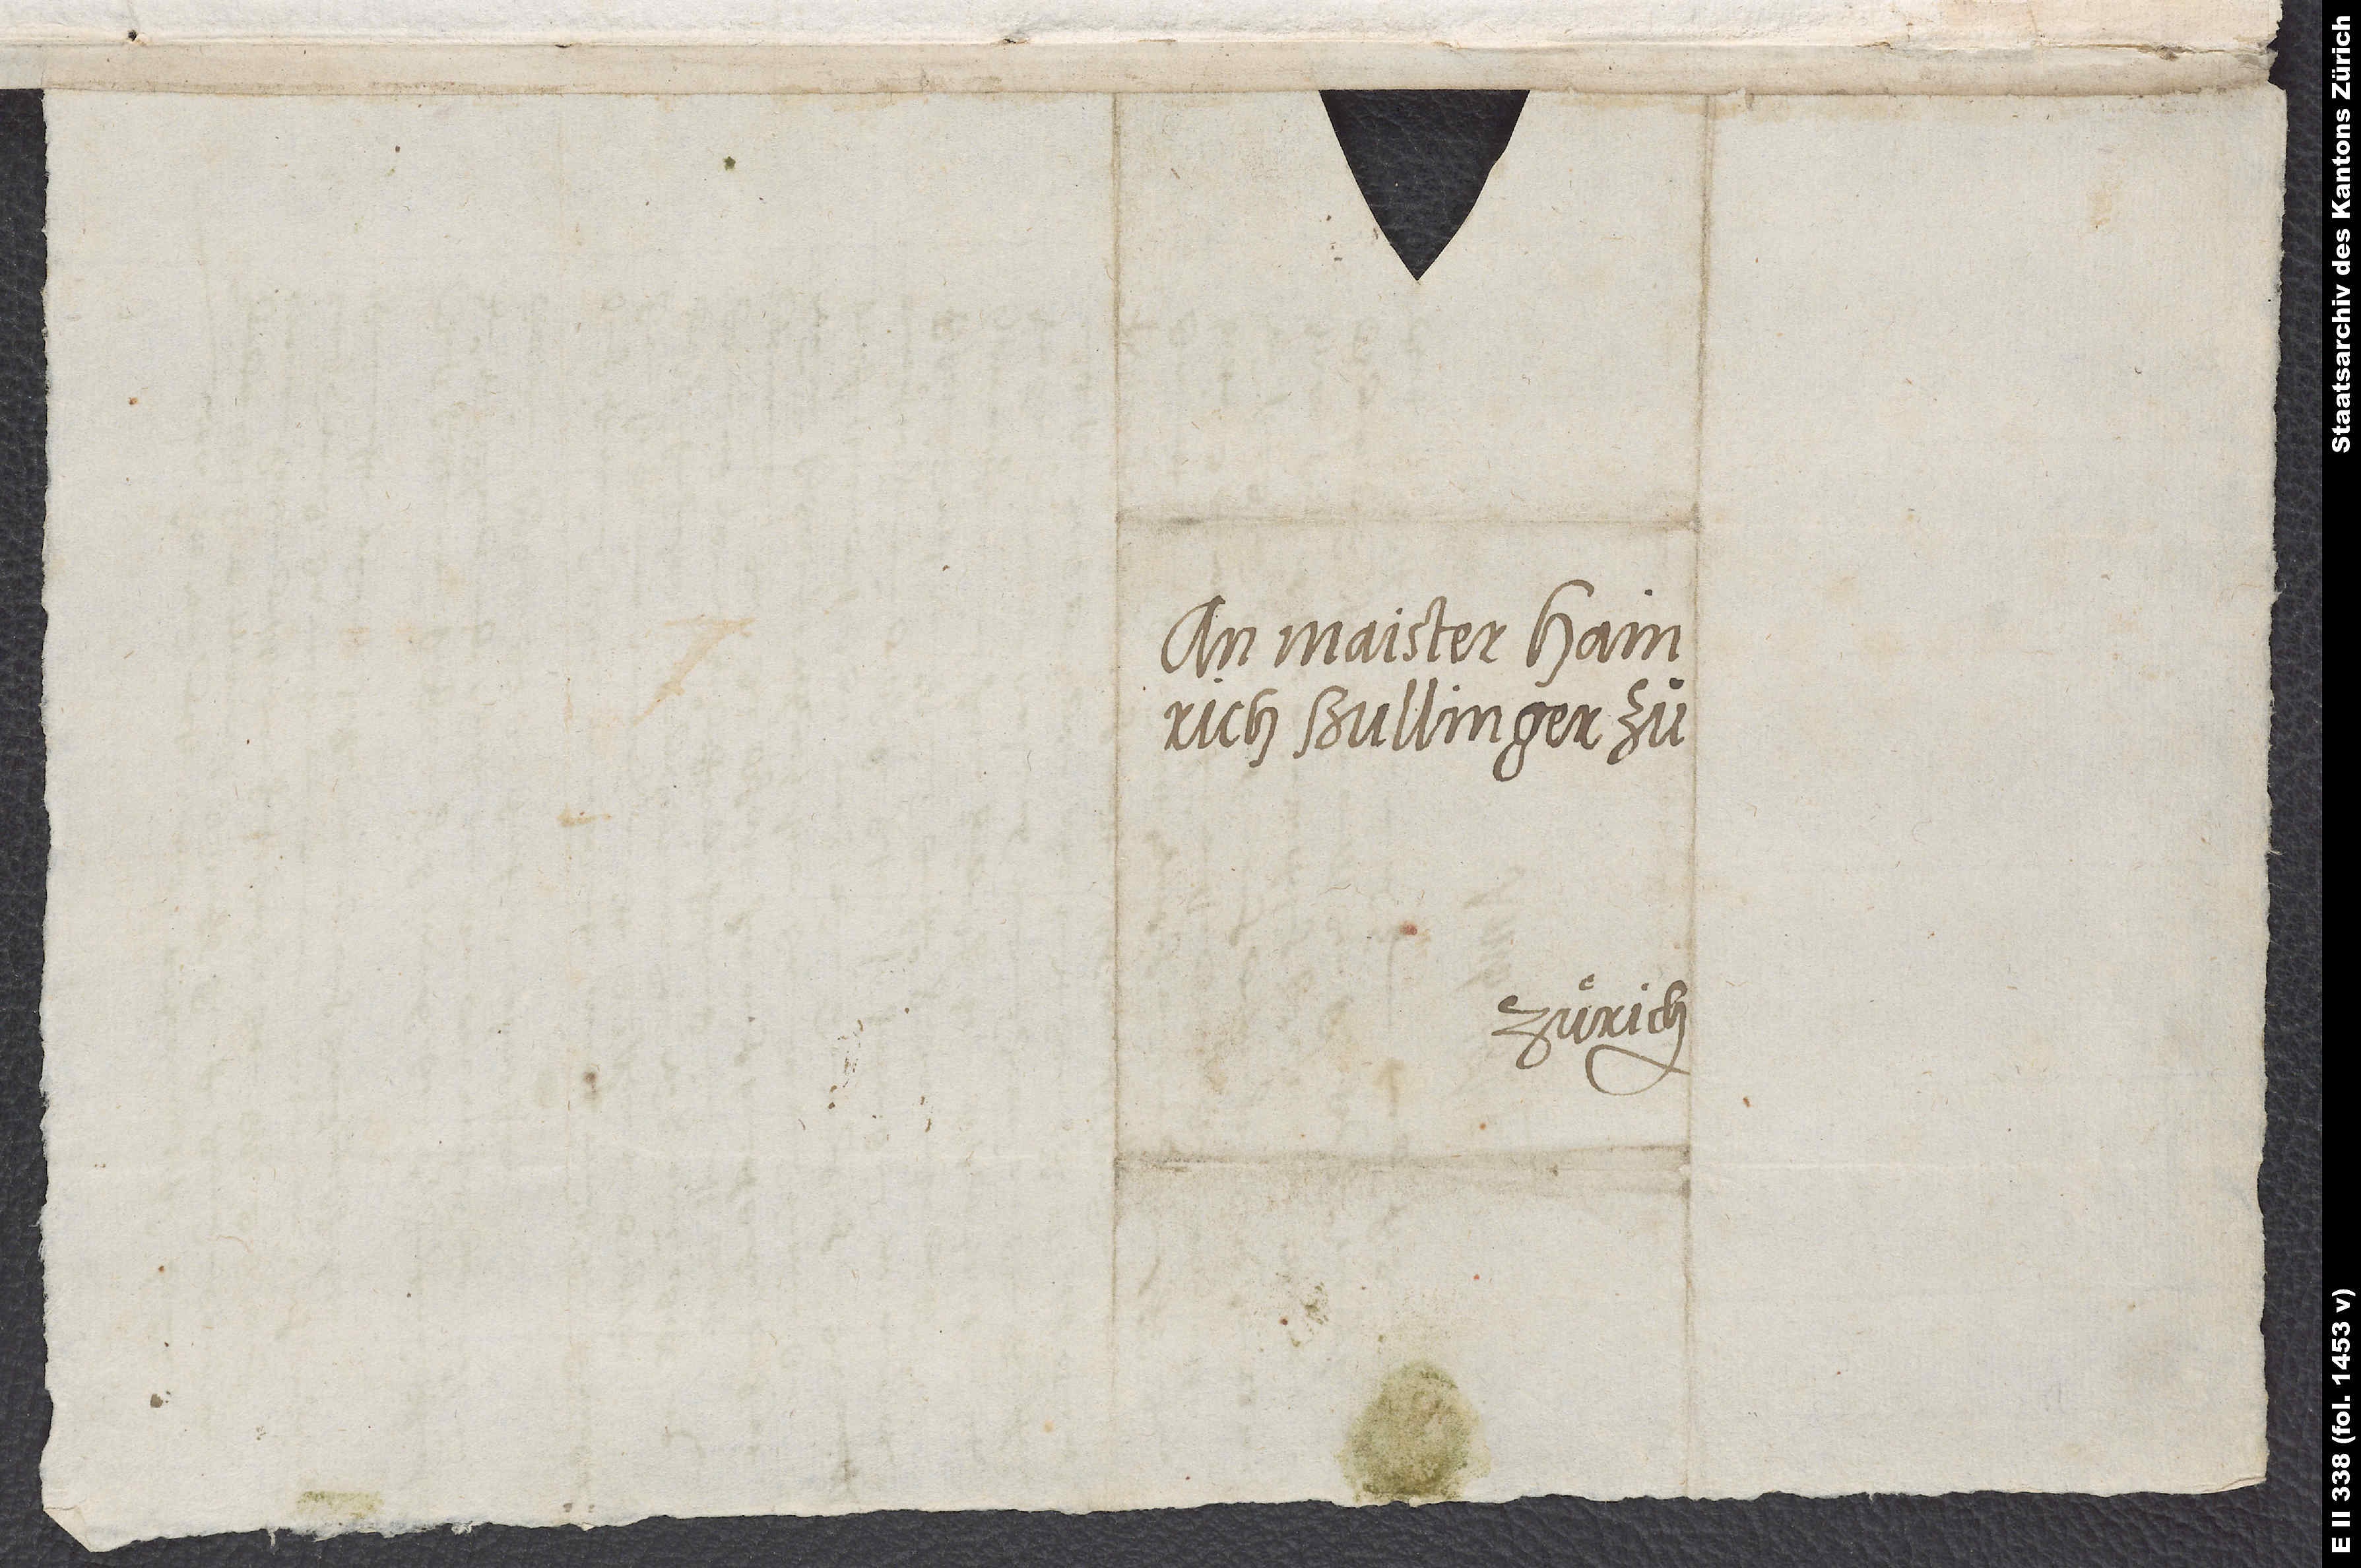
An maister Hainrich
Bullinger zuͦ
Zuͤrich.